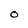
Character: 0